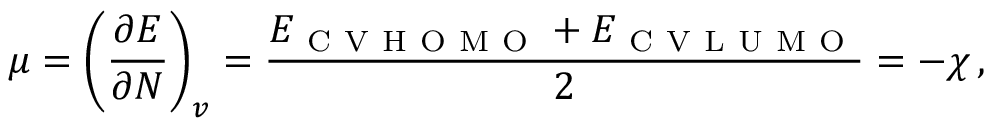
\mu = \left( \frac { \partial E } { \partial N } \right) _ { v } = \frac { E _ { \mathrm { ~ C ~ V ~ H ~ O ~ M ~ O ~ } } + E _ { \mathrm { ~ C ~ V ~ L ~ U ~ M ~ O ~ } } } { 2 } = - \chi \, ,